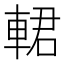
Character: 輑